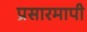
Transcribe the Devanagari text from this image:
प्रसारमापी